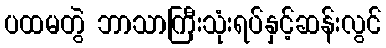
ပထမတွဲ ဘာသာကြီးသုံးရပ်နှင့်ဆန်းလွင်